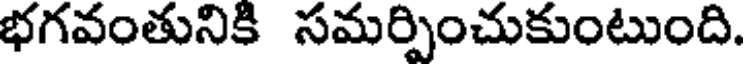
భగవంతునికి సమర్పించుకుంటుంది.